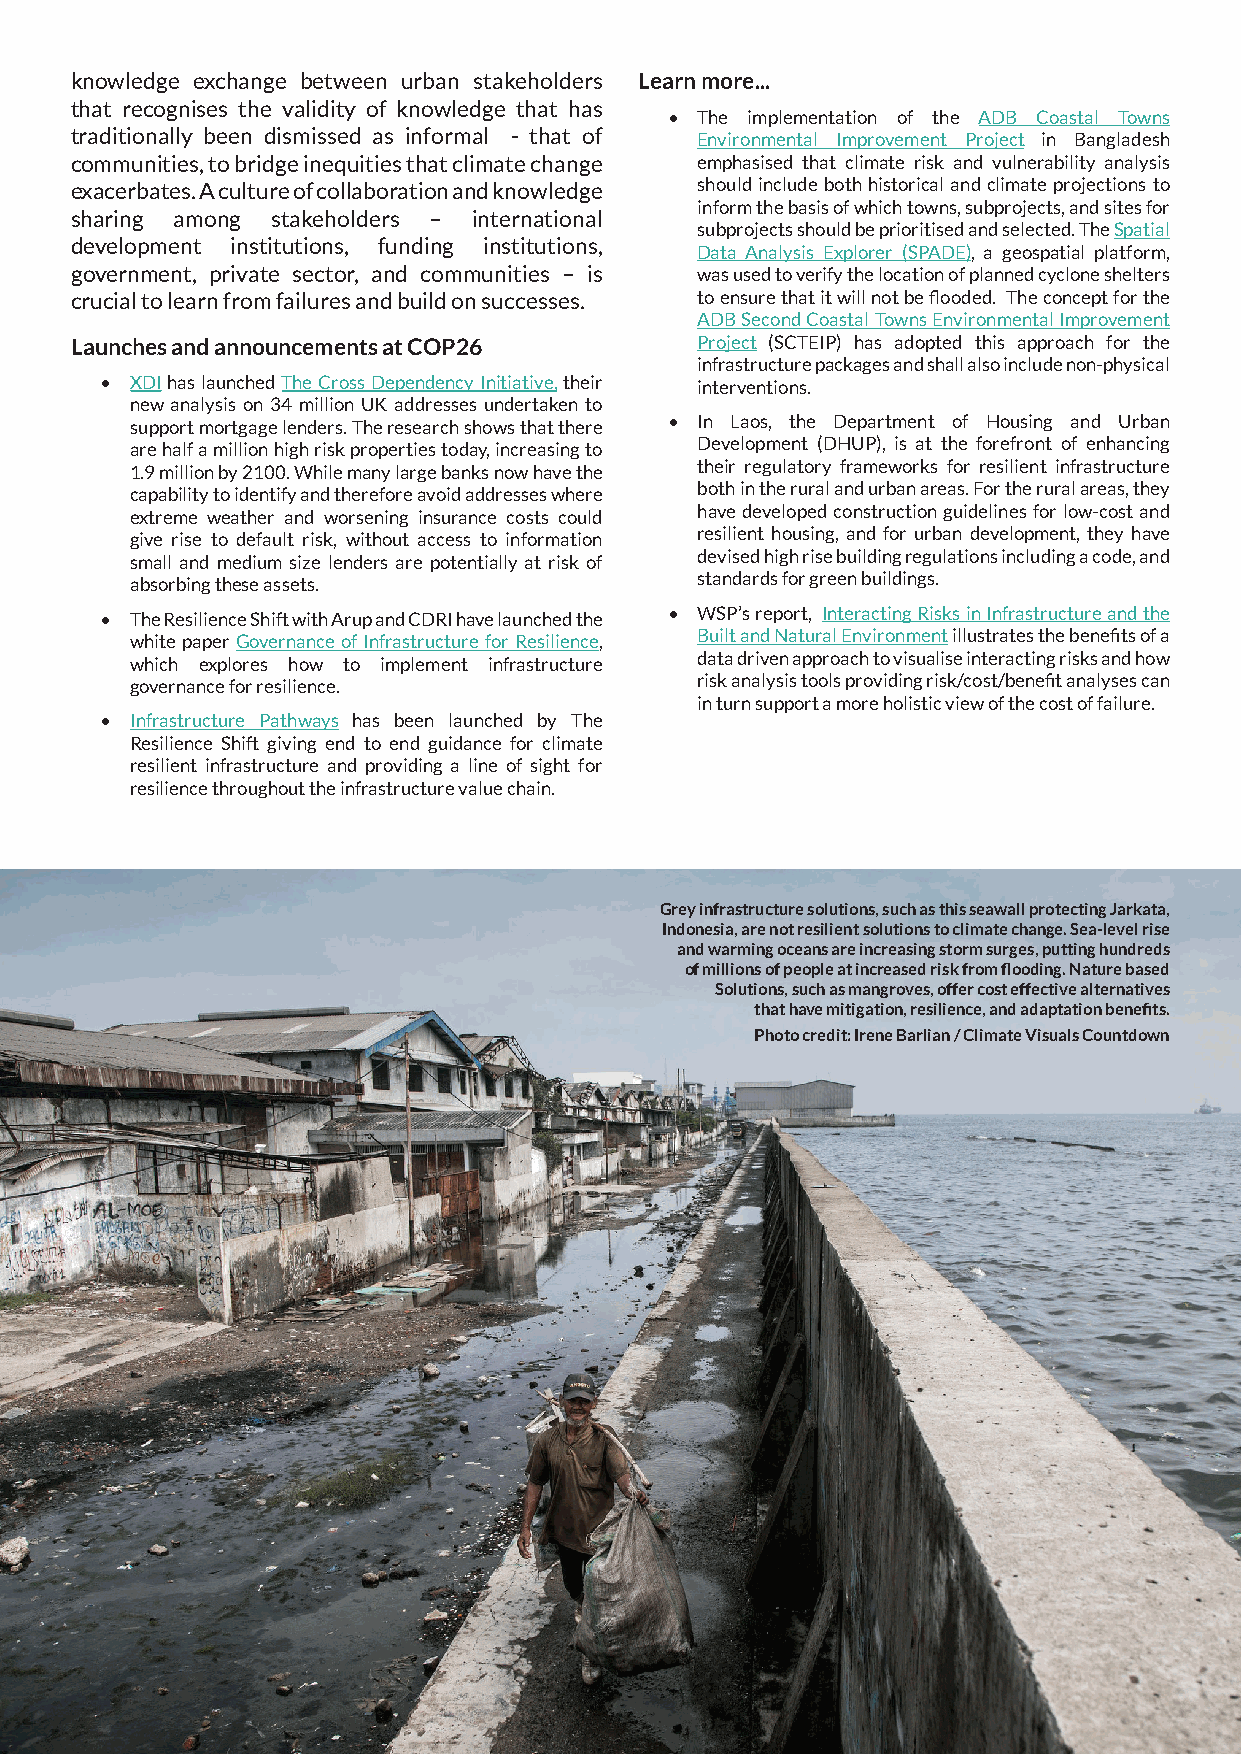
knowledge exchange between urban stakeholders Learn more...
 that recognises the validity of knowledge that has
 • The implementation of the ADB Coastal Towns
 traditionally been dismissed as informal - that of Environmental Improvement Project in Bangladesh
 communities, to bridge inequities that climate change emphasised that climate risk and vulnerability analysis
 exacerbates. A culture of collaboration and knowledge should include both historical and climate projections to
 inform the basis of which towns, subprojects, and sites for
 sharing among stakeholders – international
 subprojects should be prioritised and selected. The Spatial
 development institutions, funding institutions,
 Data Analysis Explorer (SPADE), a geospatial platform,
 government, private sector, and communities – is was used to verify the location of planned cyclone shelters
 crucial to learn from failures and build on successes. to ensure that it will not be flooded. The concept for the
 ADB Second Coastal Towns Environmental Improvement
 Launches and announcements at COP26      Project (SCTEIP) has adopted this approach for the
 infrastructure packages and shall also include non-physical
 • XDI has launched The Cross Dependency Initiative, their interventions.
 new analysis on 34 million UK addresses undertaken to
 support mortgage lenders. The research shows that there • In Laos, the Department of Housing and Urban
 are half a million high risk properties today, increasing to Development (DHUP), is at the forefront of enhancing
 1.9 million by 2100. While many large banks now have the their regulatory frameworks for resilient infrastructure
 capability to identify and therefore avoid addresses where both in the rural and urban areas. For the rural areas, they
 extreme weather and worsening insurance costs could have developed construction guidelines for low-cost and
 give rise to default risk, without access to information resilient housing, and for urban development, they have
 small and medium size lenders are potentially at risk of devised high rise building regulations including a code, and
 absorbing these assets.              standards for green buildings.
 • The Resilience Shift with Arup and CDRI have launched the • WSP’s report, Interacting Risks in Infrastructure and the
 white paper Governance of Infrastructure for Resilience, Built and Natural Environment illustrates the benefits of a
 which explores how to implement infrastructure data driven approach to visualise interacting risks and how
 governance for resilience.           risk analysis tools providing risk/cost/benefit analyses can
 in turn support a more holistic view of the cost of failure.
 • Infrastructure Pathways has been launched by The
 Resilience Shift giving end to end guidance for climate
 resilient infrastructure and providing a line of sight for
 resilience throughout the infrastructure value chain.
 Grey infrastructure solutions, such as this seawall protecting Jarkata,
 Indonesia, are not resilient solutions to climate change. Sea-level rise
 and warming oceans are increasing storm surges, putting hundreds
 of millions of people at increased risk from flooding. Nature based
 Solutions, such as mangroves, offer cost effective alternatives
 that have mitigation, resilience, and adaptation benefits.
 Photo credit: Irene Barlian / Climate Visuals Countdown
 25